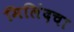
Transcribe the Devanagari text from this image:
मिलिंदचा